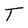
Character: T